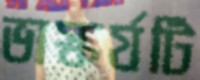
ভাস্কর্যটি